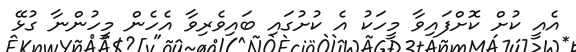
އެއީ ކުށް ކޮށްފައިވާ މީހަކު އެ ކުށުގައި ބައިވެރިވާ އެހެން މީހުންނާ ގުޅޭ